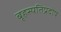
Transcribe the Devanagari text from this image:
बृहस्पतिप्रदोष